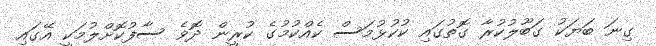
ގިނަ ބަޔަކު ގަބޫލުކުރާ ގޮތުގައި ކުކުޅުމަސް ކެއްކުމުގެ ކުރީން ދޮވެ ސާފުކޮށްލުމަކީ އޭގައި